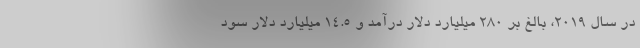
در سال ۲۰۱۹، بالغ بر ۲۸۰ میلیارد دلار درآمد و ۱۴.۵ میلیارد دلار سود